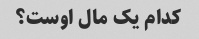
کدام یک مال اوست؟